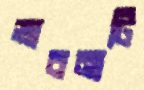
ভাবনাটি